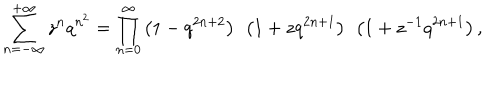
LaTeX: \sum _ { n = - \infty } ^ { + \infty } z ^ { n } q ^ { n ^ { 2 } } = \prod _ { n = 0 } ^ { \infty } \left( 1 - q ^ { 2 n + 2 } \right) ~ \left( 1 + z q ^ { 2 n + 1 } \right) ~ \left( 1 + z ^ { - 1 } q ^ { 2 n + 1 } \right) ,